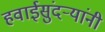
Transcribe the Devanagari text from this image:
हवाईसुंदर्‍यांंनी